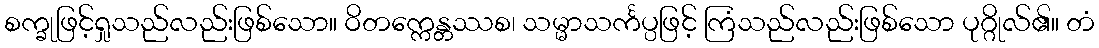
စက္ခုဖြင့်ရှုသည်လည်းဖြစ်သော။ ဝိတက္ကေန္တဿစ၊ သမ္မာသင်္ကပ္ပဖြင့် ကြံသည်လည်းဖြစ်သော ပုဂ္ဂိုလ်၏။ တံ